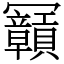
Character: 𠖫